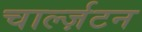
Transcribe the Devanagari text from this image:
चार्ल्ज़टन